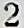
2